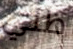
ظني